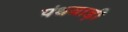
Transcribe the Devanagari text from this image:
पंथवाड़ी